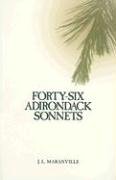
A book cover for Forty-Six Adirondack Sonnets; J. L. Maranville; Science & Math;